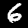
Label: 6